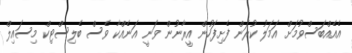
އެއެއްބަސްވުމަށް އަމަލު ކުރަން ފެށިފަހުން އީރާނުން ވަނީ އަނެއްކާ ވެސް ބެލިސްޓިކް މިސައިލް